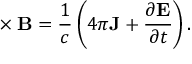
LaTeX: \mathbf { \nabla } \times \mathbf { B } = { \frac { 1 } { c } } \left( 4 \pi \mathbf { J } + { \frac { \partial \mathbf { E } } { \partial t } } \right) .